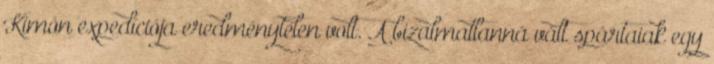
Kimón expedíciója eredménytelen volt. A bizalmatlanná vált spártaiak egy